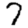
Digit: 7